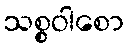
သစ္စဝါစော